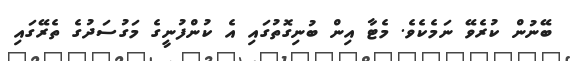
ބޭނުން ކުރެވޭ ނަމެކެވެ. މެޓާ އިން ބުނިގޮތުގައި އެ ކުންފުނީގެ މަގުސަދުގެ ތެރޭގައި